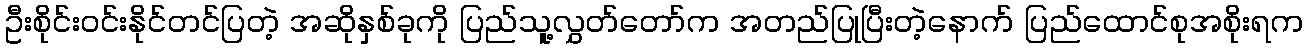
ဦးစိုင်းဝင်းနိုင်တင်ပြတဲ့ အဆိုနှစ်ခုကို ပြည်သူ့လွှတ်တော်က အတည်ပြုပြီးတဲ့နောက် ပြည်ထောင်စုအစိုးရက